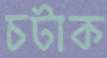
চটাক